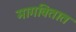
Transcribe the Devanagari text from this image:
मागवितात